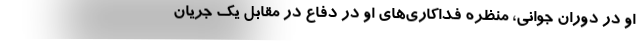
او در دوران جوانی، منظره فداکاری‌های او در دفاع در مقابل یک جریان